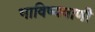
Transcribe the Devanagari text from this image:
भाविष्यवाणी